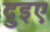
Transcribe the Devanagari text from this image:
दुइए